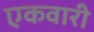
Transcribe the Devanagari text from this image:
एकवारी